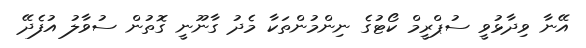
އޭނާ ވިދާޅުވީ ސުޕްރީމް ކޯޓުގެ ނިންމުންތަކާ މެދު ގާނޫނީ ގޮތުން ސުވާލު އުފެދޭ